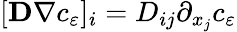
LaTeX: [\mathbf D\nabla c_{\varepsilon}]_{i}=D_{ij}\partial_{x_{j}}c_{\varepsilon}